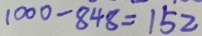
1 0 0 0 - 8 4 8 = 1 5 2